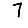
Digit: 7